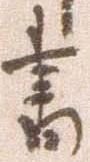
書